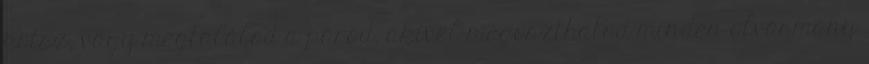
kötsz, vagy megtalálod a párod, akivel megoszthatod minden olvasmány